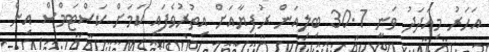
އަހަރު މިއަދަދު ވަނީ 30.7 ބިލިއަން ރުފިޔާއަށް އިތުރުވެފައި ކަމަށް ކަސްޓަމްސް އިން